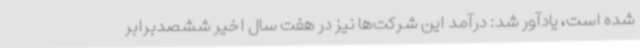
شده است، یادآور شد: درآمد این شرکت‌ها نیز در هفت سال اخیر ششصدبرابر